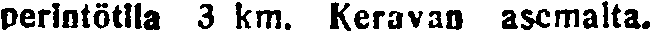
perintötila 3 km. Keravan asemalta.